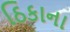
ઠિકાના